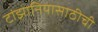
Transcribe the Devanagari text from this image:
टांझानियासाठीची